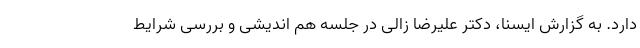
دارد. به گزارش ایسنا، دکتر علیرضا زالی در جلسه هم اندیشی و بررسی شرایط